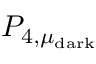
P _ { 4 , \mu _ { \mathrm { d a r k } } }